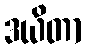
ဒယိတာ